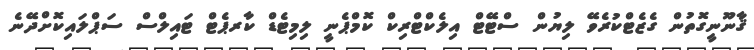
ޤާނޫނީގޮތުން ގެޒެޓްކުރެވޭ ލިޔުން ސްޓޭޓް އިލެކްޓްރިކް ކޮމްޕެނީ ލިމިޓެޑް ކާރޕެޓް ޓައިލްސް ސަޕްލައިކޮށްދޭނެ